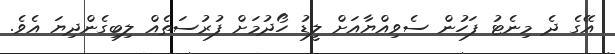
އޭގެ ދެ މިނެޓު ފަހުން ސެވިއްޔާއަށް ލީޑު ހޯދުމަށް ފުރުސަތެއް ލިބިގެންދިޔަ އެވެ.